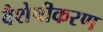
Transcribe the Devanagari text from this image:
वैशेषीकरण